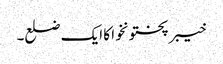
خیبر پختونخوا کا ایک ضلع۔